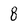
Character: 8